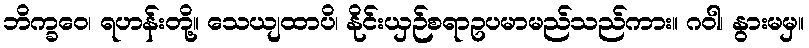
ဘိက္ခဝေ၊ ရဟန်းတို့။ သေယျထာပိ၊ နိုင်းယှဉ်စရာဥပမာမည်သည်ကား။ ဂဝါ၊ နွားမမှ။